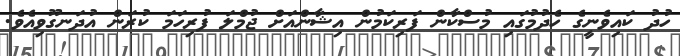
ހުދު ކައިވެނީގެ ހެދުމުގައި މުސްކާން ފަރިކަމުން އިޝާންއަށް ޖުމްލަ ފުރިހަމަ ކުރަން އުދަނގޫވިއެވެ.